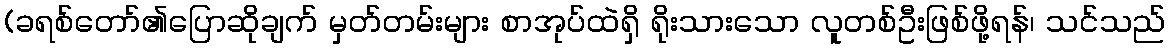
(ခရစ်တော်၏ပြောဆိုချက် မှတ်တမ်းများ စာအုပ်ထဲရှိ ရိုးသားသော လူတစ်ဦးဖြစ်ဖို့ရန်၊ သင်သည်